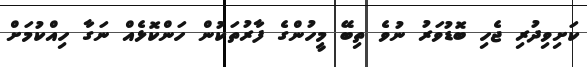
ކަށިވިދުރި ޖެހި ބޮޑުވަރު ނުވެ ތިބޭ މީހުންގެ ފާރުތަކުން ހަންކޮޅެއް ނަގާ ހިއްކުމަށް